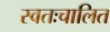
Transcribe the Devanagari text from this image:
स्वतःचालित